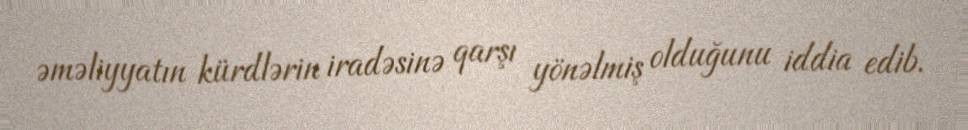
əməliyyatın kürdlərin iradəsinə qarşı yönəlmiş olduğunu iddia edib.